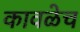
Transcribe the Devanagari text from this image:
कावळेच